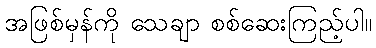
အဖြစ်မှန်ကို သေချာ စစ်ဆေးကြည့်ပါ။